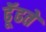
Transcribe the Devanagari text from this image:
ढूॅढते